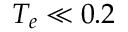
T _ { e } \ll 0 . 2